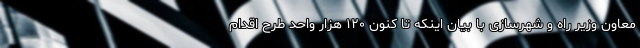
معاون وزیر راه و شهرسازی با بیان اینکه تا کنون ۱۲۰ هزار واحد طرح اقدام